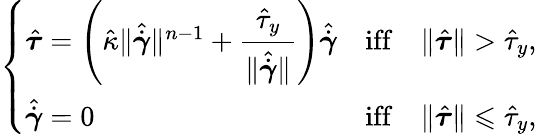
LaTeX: \left\{ \begin{array}{ll}{\hat{\boldsymbol{\tau}}=\left(\hat{\kappa}\Vert\hat{\dot{\boldsymbol{\gamma}}}\Vert^{n-1}+\displaystyle{\frac{\hat{\tau}_{y}}{\Vert\hat{\dot{\boldsymbol{\gamma}}}\Vert}}\right)\hat{\dot{\boldsymbol{\gamma}}}}&{\mathrm{iff}\quad\Vert\hat{\boldsymbol{\tau}}\Vert>\hat{\tau}_{y},}\\ {\hat{\dot{\boldsymbol{\gamma}}}=0}&{\mathrm{iff}\quad\Vert\hat{\boldsymbol{\tau}}\Vert\leqslant\hat{\tau}_{y},}\end{array}\right.